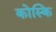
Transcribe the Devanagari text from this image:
कोस्कि